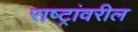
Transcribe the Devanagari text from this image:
राष्ट्रांवरील